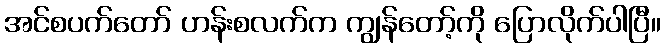
အင်စပက်တော် ဟန်းစလက်က ကျွန်တော့်ကို ပြောလိုက်ပါပြီ။